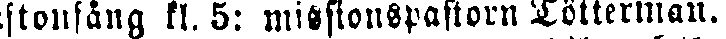
ftonsång kl. 5: missionspastorn Tötterman.